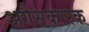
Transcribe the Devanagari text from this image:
अगैसकारक